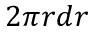
2 \pi r d r